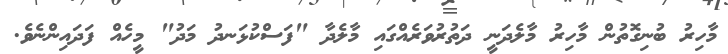
މާހިރު ބުނިގޮތުން މާހިރު މާލެދަނީ ދަތުރުވަރެއްގައި މާލެދާ "ފަސްކުޅަނދު މަދު" މީހެއް ފަދައިންނެވެ.